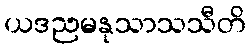
ယဒညမနုသာသသီတိ